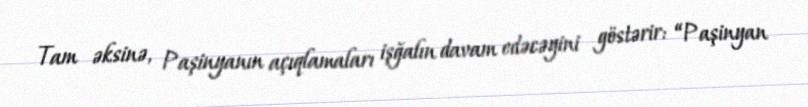
Tam əksinə, Paşinyanın açıqlamaları işğalın davam edəcəyini göstərir: “Paşinyan